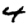
Digit: 4